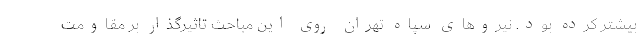
بیشتر کرده بود. نیروهای سپاه تهران روی این مباحث تاثیرگذار بر مقاومت